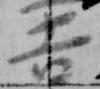
吉